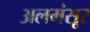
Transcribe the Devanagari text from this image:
अलमंसूर